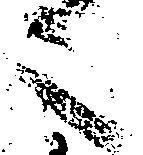
之